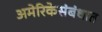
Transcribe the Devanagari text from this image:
अमेरिकेसंबंधात